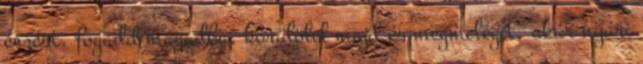
érzést, fogadd magadba, körülölel majd és megmelegít, akár nyári